Vaccination in Bombay 1913-1923 - 1913-1923
Year: 1913
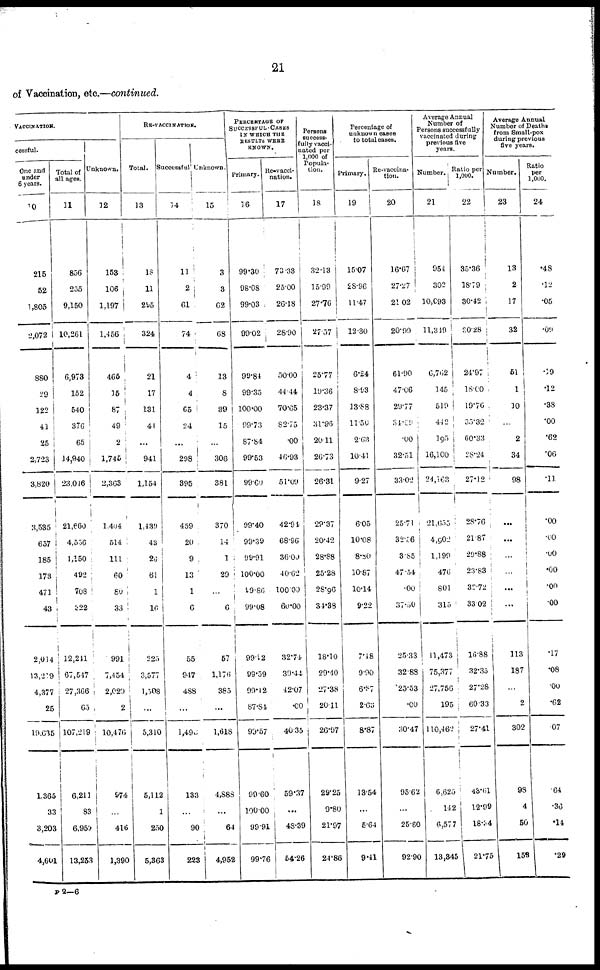
21
of Vaccination, etc.—continued.
VACCINATION.
cessful.
One and
under
6 years.
10
215
52
1,805
2,072
880
29
122
41
25
2,723
3,820
3,535
657
185
173
471
43
2,014
13,219
4,377
25
19,635
1,365
33
3,203
4,601
Total of
all ages.
11
856
255
9,150
10,261
6,973
152
540
376
65
14,940
23,046
21,660
4,556
1,150
492
708
322
12,211
67,547
27,366
65
107,219
6,211
83
6,959
13,253
Unknown.
12
153
106
1,197
1,456
465
15
87
49
2
1,745
2,363
1,404
514
111
60
80
33
991
7,454
2,029
2
10,476
974
...
416
1,390
RE-VACCINATION.
Total.
13
18
11
295
324
21
17
131
44
...
941
1,154
1,439
43
26
61
1
10
225
3,577
1,508
...
5,310
5,112
1
250
5,363
Successful
14
11
2
61
74
4
4
65
24
...
298
395
459
20
9
13
1
6
55
947
488
...
1,490
133
...
90
223
Unknown.
15
3
3
62
68
13
8
39
15
...
306
381
370
14
1
29
...
6
57
1,176
385
...
1,018
4,888
...
64
4,952
PERCENTAGE OF
SUCCESSFUL CASES
IN WHICH THE
RESULTS WERE
KNOWN.
Primary.
16
99.30
98.08
99.03
99.02
99.84
99.35
100.00
99.73
87.84
99.53
99.69
99.40
99.39
99.91
100.00
99.86
99.08
99.12
99.59
99.12
87.84
99.57
99.60
100.00
99.91
99.76
Re-vacci¬
nation.
17
73.33
25.00
26.18
28.90
50.00
44.44
70.65
82.75
.00
46.93
51.09
42.91
68.96
36.00
40.62
100.00
60.00
32.74
39.44
42.07
.00
40.35
59.37
...
48.39
54.26
Persons
success-
fully vacci-
nated per
1,000 of
Popula-
tion.
18
32.13
15.99
27.76
27.57
25.77
19.36
23.37
31.96
20.11
26.73
26.31
29.37
20.42
28.88
25.28
28.96
34.38
18.10
29.40
27.38
20.11
26.97
29.25
9.80
21.97
24.86
Percentage of
unknown cases
to total cases.
Primary.
19
15.07
28.96
11.47
12.30
6.24
8.93
13.88
11.50
2.63
10.41
9.27
6.05
10.08
8.80
10.87
10.14
9.22
7.48
9.90
6.87
2.65
8.87
13.54
...
5.64
9.41
Re-vaccina-
tion.
20
16.67
27.27
21.02
20.99
61.90
47.06
29.77
34.09
.00
32.51
33.02
25.71
32.56
3.85
47.54
.00
37.50
25.33
32.88
25.53
.00
30.47
95.62
...
25.60
92.90
Average Annual
Number of
Persons successfully
vaccinated during
previous five
years.
Number.
21
954
302
10,093
11,849
6,762
145
519
442
195
16,100
24,163
21,655
4,902
1,199
476
801
315
11,473
75,377
27,756
195
110,462
6,625
112
6,577
13,845
Ratio per
1,000.
22
35.36
18.79
30.42
30.28
24.97
18.00
19.76
35.32
60.33
28.24
27.12
28.76
21.87
29.88
23.63
32.72
33.02
16.88
32.35
27.28
60.33
27.41
43.61
12.99
18.34
21.75
Average Annual
Number of Deaths
during previous
five years.
Number.
23
13
2
17
32
51
1
10
...
2
34
98
...
...
...
...
...
...
113
187
...
2
302
98
4
50
153
Ratio
per
1,000.
24
.48
.12
.05
.09
.19
.12
.38
.00
.62
.06
.11
.00
.00
.00
.00
.00
.00
.17
.08
.00
.62
.07
.64
.36
.14
.29
P 2—6